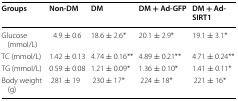
| Groups | Non-DM | DM | DM + Ad-GFP | DM + Ad-SIRT1 |
 | --- | --- | --- | --- | --- |
 | Glucose (mmol/L) | 4.9 ± 0.6 | 18.6 ± 2.6* | 20.1 ± 2.9* | 19.1 ± 3.1* |
 | TC (mmol/L) | 1.42 ± 0.13 | 4.74 ± 0.16** | 4.89 ± 0.21** | 4.71 ± 0.24** |
 | TG (mmol/L) | 0.59 ± 0.08 | 1.21 ± 0.09* | 1.36 ± 0.10* | 1.41 ± 0.11* |
 | Body weight (g) | 281 ± 19 | 230 ± 17* | 224 ± 18* | 221 ± 16* |